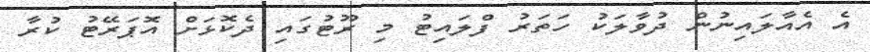
އެ އެއާލައިނުން ދުވާލަކު ހަތަރު ފްލައިޓު މި ރޫޓުގައި ދެކޮޅަށް އޮޕަރޭޓު ކުރާ